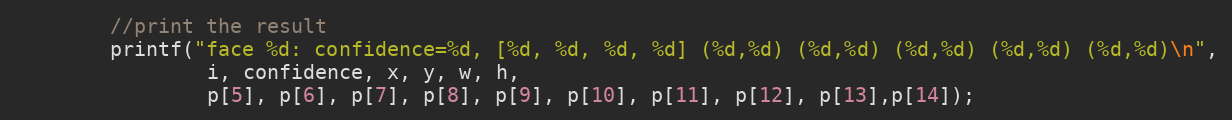
Language: C++
        //print the result
        printf("face %d: confidence=%d, [%d, %d, %d, %d] (%d,%d) (%d,%d) (%d,%d) (%d,%d) (%d,%d)\n",
                i, confidence, x, y, w, h,
                p[5], p[6], p[7], p[8], p[9], p[10], p[11], p[12], p[13],p[14]);